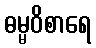
ဓမ္မဝိစာရေ